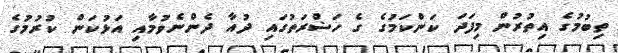
ތިބުމުގެ އިތުރުން މިފަދަ ކަންކަމުގެ ގެ ހަޟްރަތުގައި ދުއާ ދެންނެވުމާއި އަޅުކަން ކުރުމުގެ